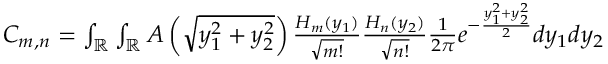
\begin{array} { r } { C _ { m , n } = \int _ { \mathbb { R } } \int _ { \mathbb { R } } A \left( \sqrt { y _ { 1 } ^ { 2 } + y _ { 2 } ^ { 2 } } \right) \frac { H _ { m } ( y _ { 1 } ) } { \sqrt { m ! } } \frac { H _ { n } ( y _ { 2 } ) } { \sqrt { n ! } } \frac { 1 } { 2 \pi } e ^ { - \frac { y _ { 1 } ^ { 2 } + y _ { 2 } ^ { 2 } } { 2 } } d y _ { 1 } d y _ { 2 } } \end{array}